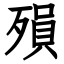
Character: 殞